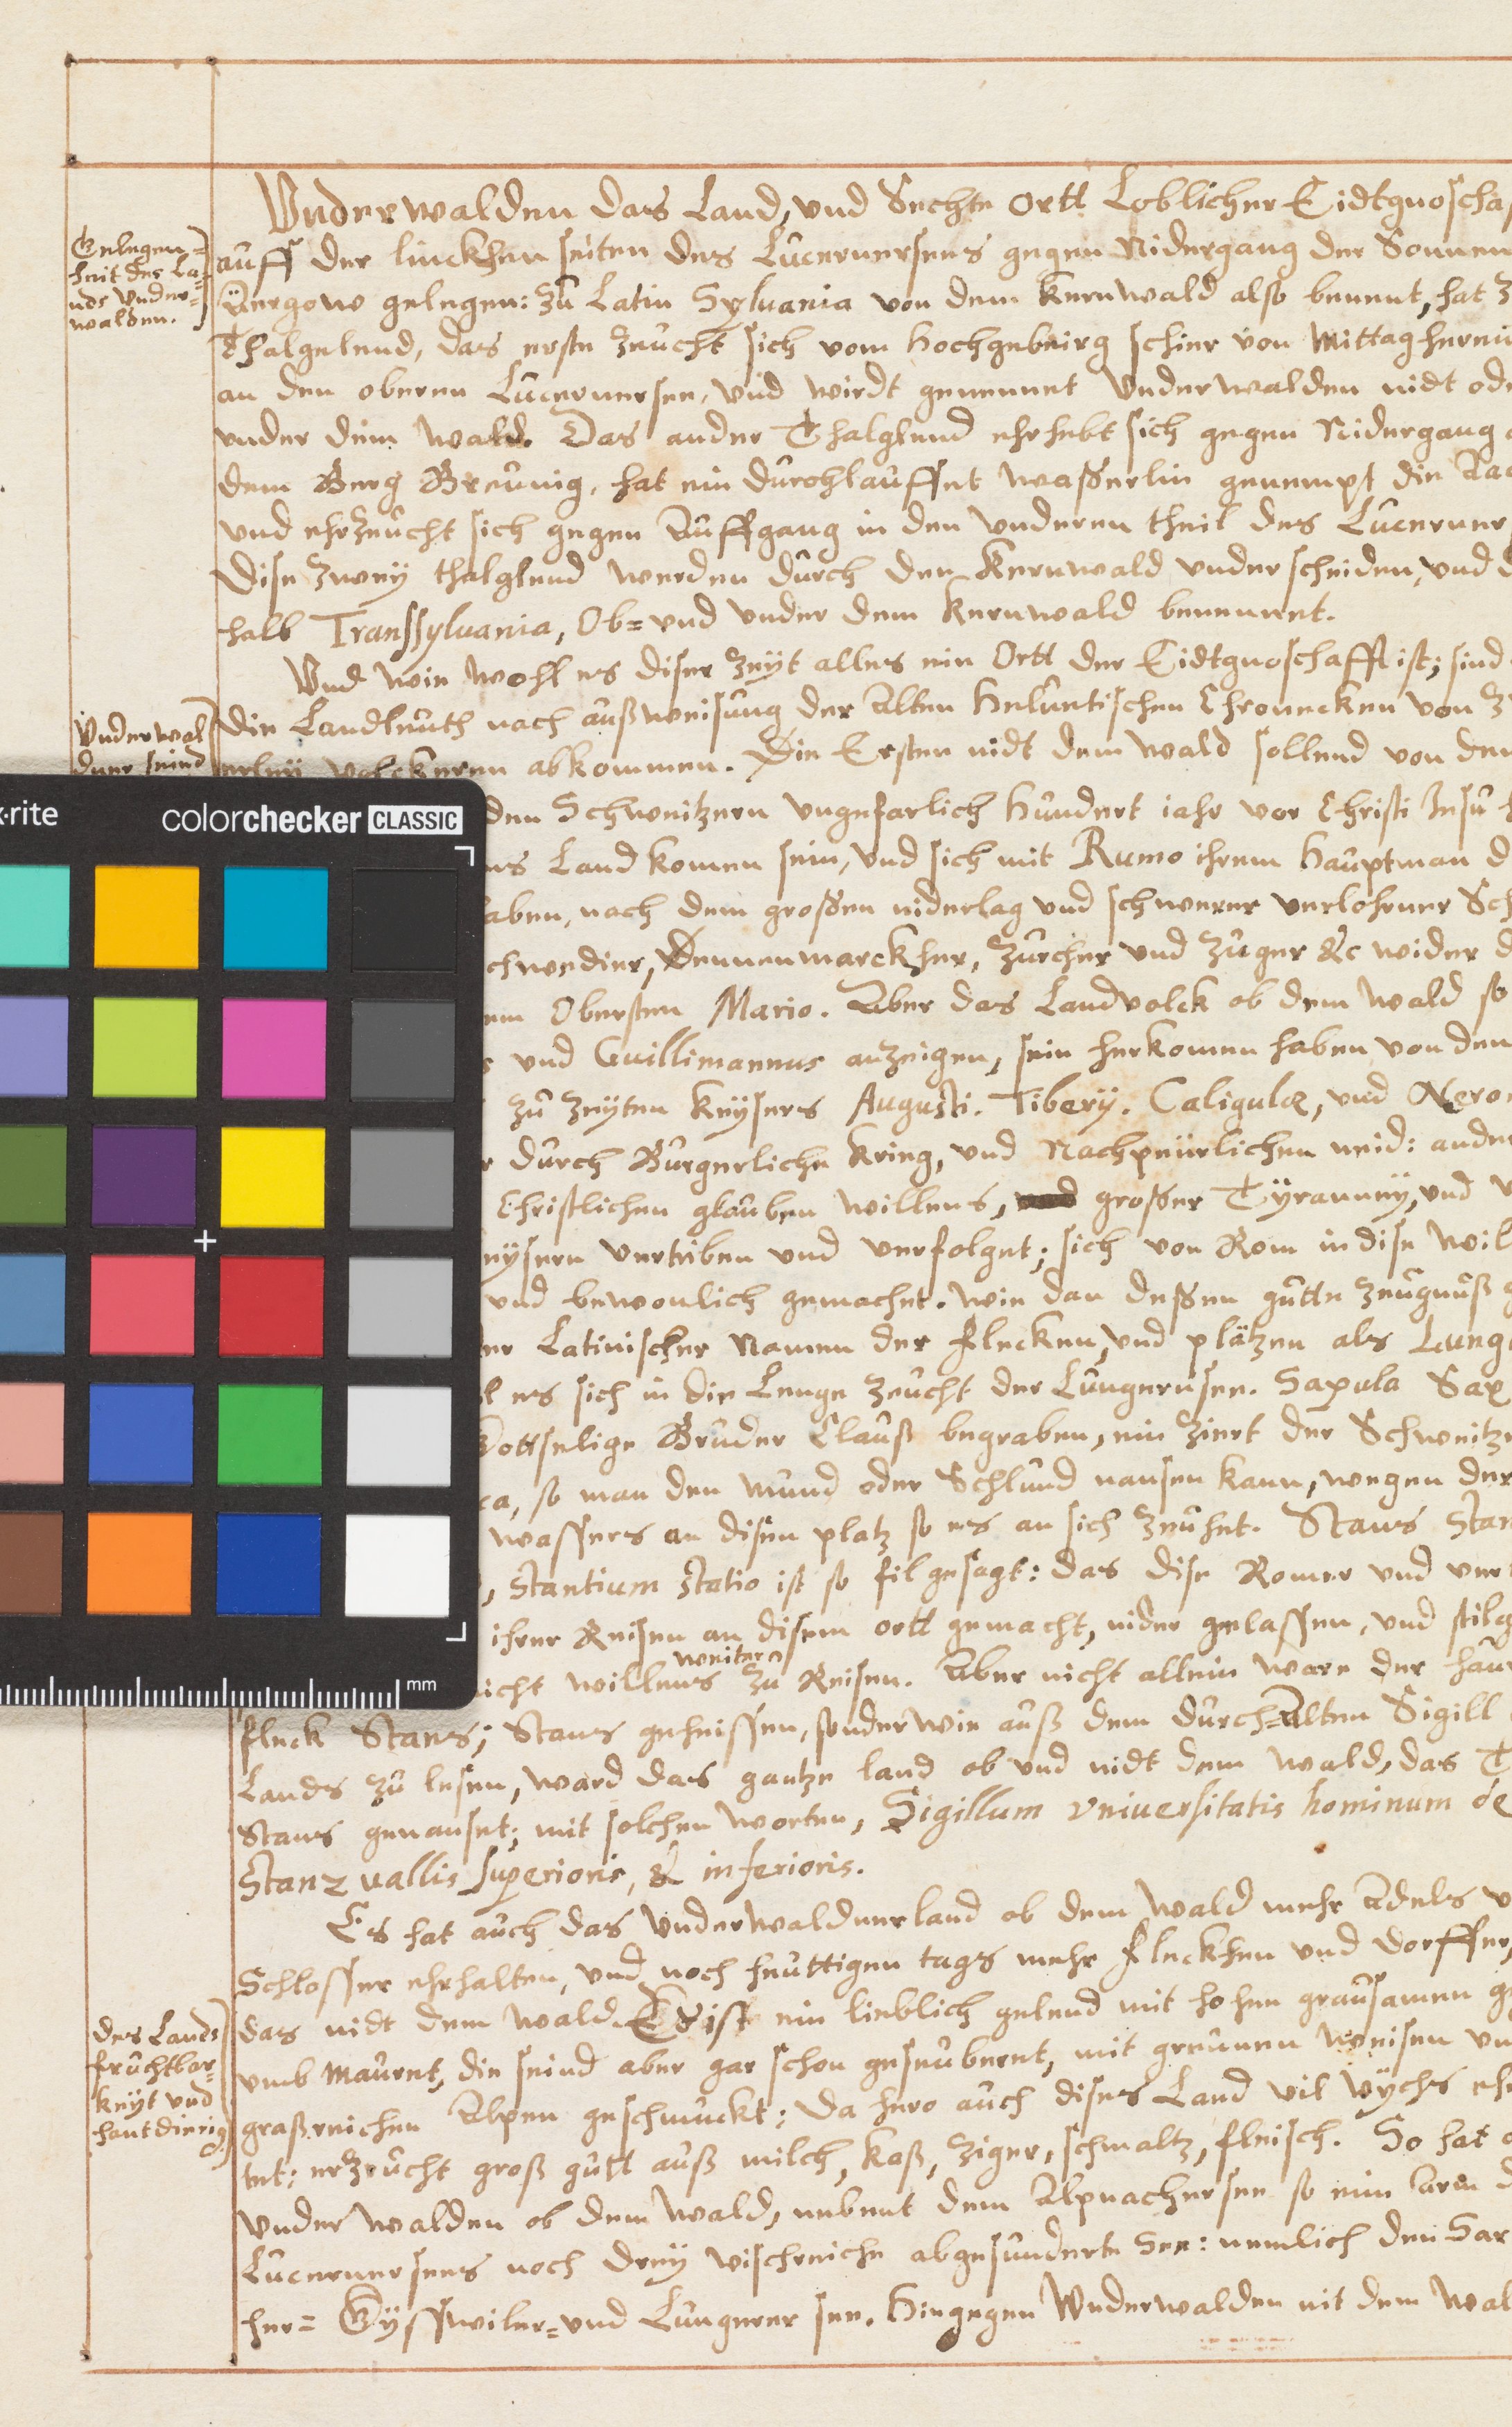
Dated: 1631–1661